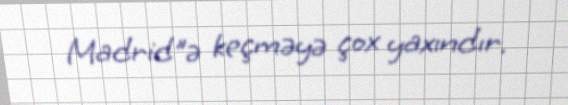
Madrid"ə keçməyə çox yaxındır.